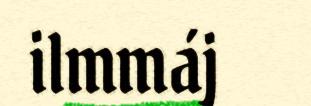
ilmmáj